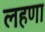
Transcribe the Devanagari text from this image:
लहणा